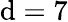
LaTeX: \mathrm{d}=7